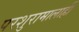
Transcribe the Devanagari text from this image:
परशुरामालाही